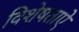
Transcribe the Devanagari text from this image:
विशेषताऐ